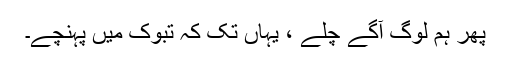
پھر ہم لوگ آگے چلے ، یہاں تک کہ تبوک میں پہنچے۔